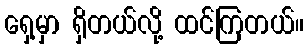
ရှေ့မှာ ရှိတယ်လို့ ထင်ကြတယ်။